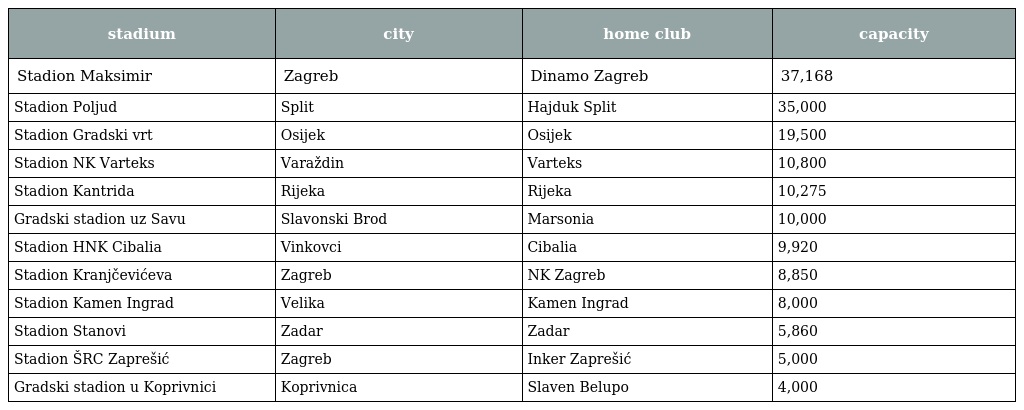
| stadium | city | home club | capacity |
 | --- | --- | --- | --- |
 | Stadion Maksimir | Zagreb | Dinamo Zagreb | 37,168 |
 | Stadion Poljud | Split | Hajduk Split | 35,000 |
 | Stadion Gradski vrt | Osijek | Osijek | 19,500 |
 | Stadion NK Varteks | Varaždin | Varteks | 10,800 |
 | Stadion Kantrida | Rijeka | Rijeka | 10,275 |
 | Gradski stadion uz Savu | Slavonski Brod | Marsonia | 10,000 |
 | Stadion HNK Cibalia | Vinkovci | Cibalia | 9,920 |
 | Stadion Kranjčevićeva | Zagreb | NK Zagreb | 8,850 |
 | Stadion Kamen Ingrad | Velika | Kamen Ingrad | 8,000 |
 | Stadion Stanovi | Zadar | Zadar | 5,860 |
 | Stadion ŠRC Zaprešić | Zagreb | Inker Zaprešić | 5,000 |
 | Gradski stadion u Koprivnici | Koprivnica | Slaven Belupo | 4,000 |